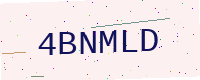
Text: 4BNMLD